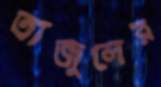
তাজুলের